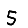
Digit: 5